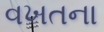
વખતના